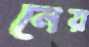
নেয়